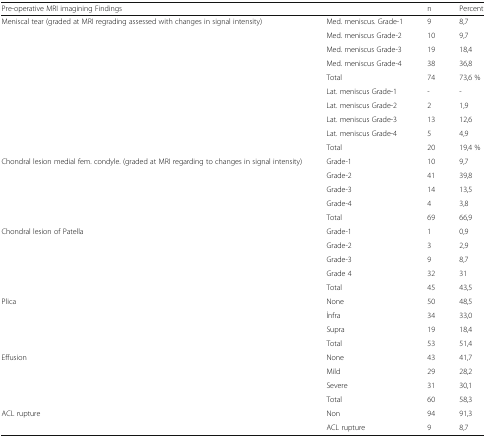
<table><thead><tr><td><b>Pre-operative MRI imagining Findings</b></td><td></td><td><b>n</b></td><td><b>Percent</b></td></tr></thead><tbody><tr><td rowspan="10">Meniscal tear (graded at MRI regrading assessed with changes in signal intensity)</td><td>Med. meniscus. Grade-1</td><td>9</td><td>8,7</td></tr><tr><td>Med. meniscus Grade-2</td><td>10</td><td>9,7</td></tr><tr><td>Med. meniscus Grade-3</td><td>19</td><td>18,4</td></tr><tr><td>Med. meniscus Grade-4</td><td>38</td><td>36,8</td></tr><tr><td>Total</td><td>74</td><td>73,6 %</td></tr><tr><td>Lat. meniscus Grade-1</td><td>-</td><td>-</td></tr><tr><td>Lat. meniscus Grade-2</td><td>2</td><td>1,9</td></tr><tr><td>Lat. meniscus Grade-3</td><td>13</td><td>12,6</td></tr><tr><td>Lat. meniscus Grade-4</td><td>5</td><td>4,9</td></tr><tr><td>Total</td><td>20</td><td>19,4 %</td></tr><tr><td rowspan="5">Chondral lesion medial fem. condyle. (graded at MRI regarding to changes in signal intensity)</td><td>Grade-1</td><td>10</td><td>9,7</td></tr><tr><td>Grade-2</td><td>41</td><td>39,8</td></tr><tr><td>Grade-3</td><td>14</td><td>13,5</td></tr><tr><td>Grade-4</td><td>4</td><td>3,8</td></tr><tr><td>Total</td><td>69</td><td>66,9</td></tr><tr><td rowspan="5">Chondral lesion of Patella</td><td>Grade-1</td><td>1</td><td>0,9</td></tr><tr><td>Grade-2</td><td>3</td><td>2,9</td></tr><tr><td>Grade-3</td><td>9</td><td>8,7</td></tr><tr><td>Grade 4</td><td>32</td><td>31</td></tr><tr><td>Total</td><td>45</td><td>43,5</td></tr><tr><td rowspan="3">Plica</td><td>None</td><td>50</td><td>48,5</td></tr><tr><td>İnfra</td><td>34</td><td>33,0</td></tr><tr><td>Supra</td><td>19</td><td>18,4</td></tr><tr><td></td><td>Total</td><td>53</td><td>51,4</td></tr><tr><td rowspan="3">Effusion</td><td>None</td><td>43</td><td>41,7</td></tr><tr><td>Mild</td><td>29</td><td>28,2</td></tr><tr><td>Severe</td><td>31</td><td>30,1</td></tr><tr><td></td><td>Total</td><td>60</td><td>58,3</td></tr><tr><td rowspan="2">ACL rupture</td><td>Non</td><td>94</td><td>91,3</td></tr><tr><td>ACL rupture</td><td>9</td><td>8,7</td></tr></tbody></table>